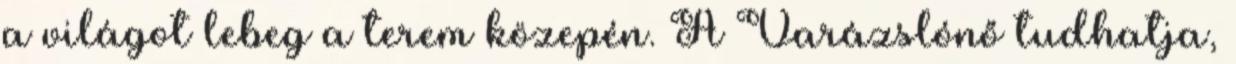
a világot lebeg a terem közepén. A Varázslónő tudhatja,